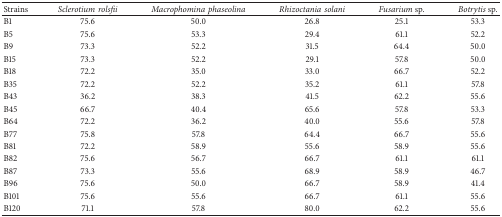
<table><thead><tr><td><b>Strains</b></td><td><b><i>Sclerotiumrolsfii </i></b></td><td><b><i>Macrophominaphaseolina </i></b></td><td><b><i>Rhizoctaniasolani </i></b></td><td><b><i>Fusarium </i>sp.</b></td><td><b><i>Botrytis</i> sp.</b></td></tr></thead><tbody><tr><td>B1</td><td>75.6</td><td>50.0</td><td>26.8</td><td>25.1</td><td>53.3</td></tr><tr><td>B5</td><td>75.6</td><td>53.3</td><td>29.4</td><td>61.1</td><td>52.2</td></tr><tr><td>B9</td><td>73.3</td><td>52.2</td><td>31.5</td><td>64.4</td><td>50.0</td></tr><tr><td>B15</td><td>73.3</td><td>52.2</td><td>29.1</td><td>57.8</td><td>50.0</td></tr><tr><td>B18</td><td>72.2</td><td>35.0</td><td>33.0</td><td>66.7</td><td>52.2</td></tr><tr><td>B35</td><td>72.2</td><td>52.2</td><td>35.2</td><td>61.1</td><td>57.8</td></tr><tr><td>B43</td><td>36.2</td><td>38.3</td><td>41.5</td><td>62.2</td><td>55.6</td></tr><tr><td>B45</td><td>66.7</td><td>40.4</td><td>65.6</td><td>57.8</td><td>53.3</td></tr><tr><td>B64</td><td>72.2</td><td>36.2</td><td>40.0</td><td>55.6</td><td>57.8</td></tr><tr><td>B77</td><td>75.8</td><td>57.8</td><td>64.4</td><td>66.7</td><td>55.6</td></tr><tr><td>B81</td><td>72.2</td><td>58.9</td><td>55.6</td><td>58.9</td><td>55.6</td></tr><tr><td>B82</td><td>75.6</td><td>56.7</td><td>66.7</td><td>61.1</td><td>61.1</td></tr><tr><td>B87</td><td>73.3</td><td>55.6</td><td>68.9</td><td>58.9</td><td>46.7</td></tr><tr><td>B96</td><td>75.6</td><td>50.0</td><td>66.7</td><td>58.9</td><td>41.4</td></tr><tr><td>B101</td><td>75.6</td><td>55.6</td><td>66.7</td><td>61.1</td><td>55.6</td></tr><tr><td>B120</td><td>71.1</td><td>57.8</td><td>80.0</td><td>62.2</td><td>55.6</td></tr></tbody></table>